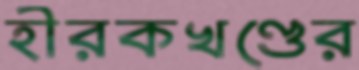
হীরকখণ্ডের